Civil Veterinary Department Bihar & Orissa reports 1922-29 - 1922-1929
Year: 1922
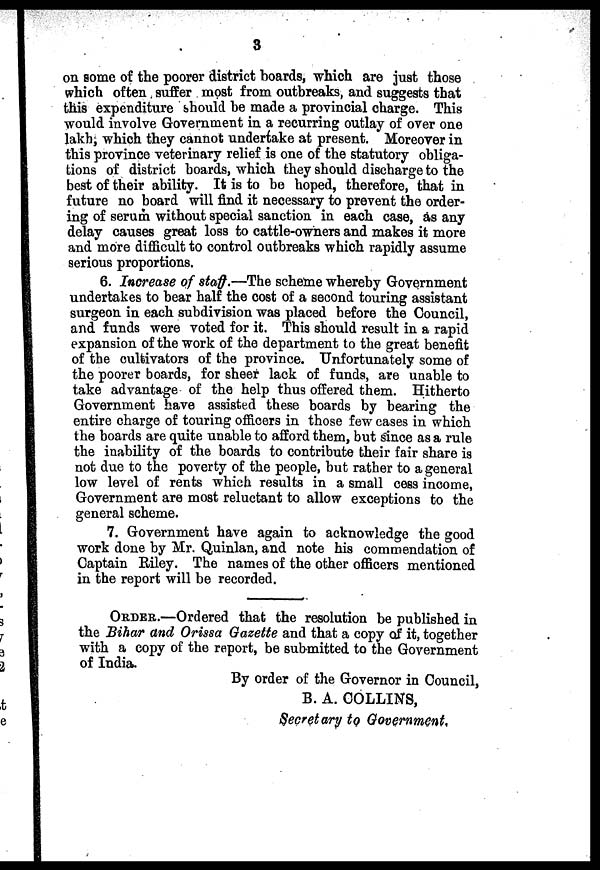
3
on some of the poorer district boards, which are just those
which often suffer most from outbreaks, and suggests that
this expenditure should be made a provincial charge. This
would involve Government in a recurring outlay of over one
lakh, which they cannot undertake at present. Moreover in
this province veterinary relief is one of the statutory obliga-
tions of district boards, which they should discharge to the
best of their ability. It is to be hoped, therefore, that in
future no board will find it necessary to prevent the order-
ing of serum without special sanction in each case, as any
delay causes great loss to cattle-owners and makes it more
and more difficult to control outbreaks which rapidly assume
serious proportions.
6. Increase of staff.—The scheme whereby Government
undertakes to bear half the cost of a second touring assistant
surgeon in each subdivision was placed before the Council,
and funds were voted for it. This should result in a rapid
expansion of the work of the department to the great benefit
of the cultivators of the province. Unfortunately some of
the poorer boards, for sheer lack of funds, are unable to
take advantage of the help thus offered them. Hitherto
Government have assisted these boards by bearing the
entire charge of touring officers in those few cases in which
the boards are quite unable to afford them, but since as a rule
the inability of the boards to contribute their fair share is
not due to the poverty of the people, but rather to a general
low level of rents which results in a small cess income,
Government are most reluctant to allow exceptions to the
general scheme.
7. Government have again to acknowledge the good
work done by Mr. Quinlan, and note his commendation of
Captain Riley. The names of the other officers mentioned
in the report will be recorded.
ORDER.—Ordered that the resolution be published in
the Bihar and Orissa Gazette and that a copy of it, together
with a copy of the report, be submitted to the Government
of India.
By order of the Governor in Council,
B. A. COLLINS,
Secretary to Government.